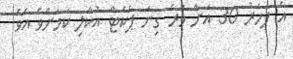
އެ ފަހަރު 30 އަށް ވުރެ ގިނަ ޕެކެޓް އުކާލި ކަމަށްވެ އެވެ.